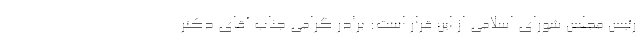
رئیس مجلس شورای اسلامی از این قرار است: برادر گرامی جناب آقای دکتر